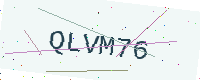
Text: QLVM76